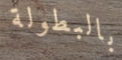
بالبطولة